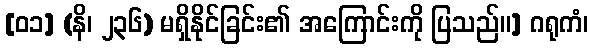
[၀၁] (နိ၊ ၂၃၆) မရှိနိုင်ခြင်း၏ အကြောင်းကို ပြသည်။] ဂရုကံ၊